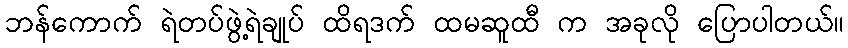
ဘန်ကောက် ရဲတပ်ဖွဲ့ရဲချုပ် ထိရဒက် ထမဆူထီ က အခုလို ပြောပါတယ်။